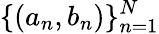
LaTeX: \{ (a_{n},b_{n})\} _{n=1}^{N}